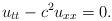
LaTeX: \begin{align*} u_{tt}-c^2 u_{xx}=0 . \end{align*}